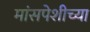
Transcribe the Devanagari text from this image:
मांसपेशीच्या